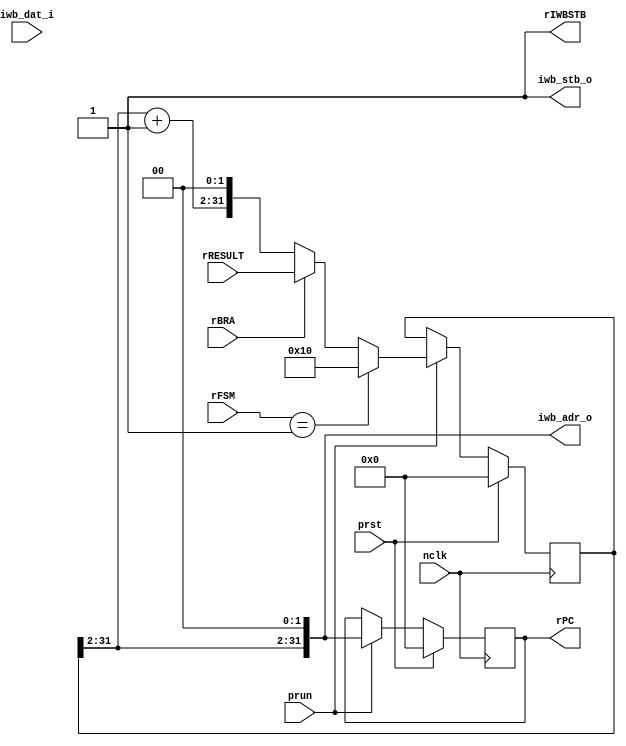
/*
 * $Id: aeMB_fetch.v,v 1.6 2007/05/30 18:44:30 sybreon Exp $
 * 
 * AEMB Instruction Fetch
 * Copyright (C) 2004-2007 Shawn Tan Ser Ngiap <shawn.tan@aeste.net>
 *  
 * This library is free software; you can redistribute it and/or
 * modify it under the terms of the GNU Lesser General Public License
 * as published by the Free Software Foundation; either version 2.1 of
 * the License, or (at your option) any later version.
 * 
 * This library is distributed in the hope that it will be useful, but
 * WITHOUT ANY WARRANTY; without even the implied warranty of
 * MERCHANTABILITY or FITNESS FOR A PARTICULAR PURPOSE. See the GNU
 * Lesser General Public License for more details.
 * 
 * You should have received a copy of the GNU Lesser General Public
 * License along with this library; if not, write to the Free Software
 * Foundation, Inc., 59 Temple Place, Suite 330, Boston, MA 02111-1307
 * USA
 *
 * DESCRIPTION
 * Controls the instruction side of AEMB. Instruction cache and branch
 * prediction can be incorporated if needed.
 *
 * HISTORY
 * $Log: aeMB_fetch.v,v $
 * Revision 1.6  2007/05/30 18:44:30  sybreon
 * Added interrupt support.
 *
 * Revision 1.5  2007/05/17 09:08:21  sybreon
 * Removed asynchronous reset signal.
 *
 * Revision 1.4  2007/04/27 00:23:55  sybreon
 * Added code documentation.
 * Improved size & speed of rtl/verilog/aeMB_aslu.v
 *
 * Revision 1.3  2007/04/11 04:30:43  sybreon
 * Added pipeline stalling from incomplete bus cycles.
 * Separated sync and async portions of code.
 *
 * Revision 1.2  2007/04/04 14:08:34  sybreon
 * Added initial interrupt/exception support.
 *
 * Revision 1.1  2007/03/09 17:52:17  sybreon
 * initial import
 *
 */

module aeMB_fetch (/*AUTOARG*/
   // Outputs
   iwb_adr_o, iwb_stb_o, rPC, rIWBSTB,
   // Inputs
   iwb_dat_i, nclk, prst, prun, rFSM, rBRA, rRESULT
   );
   parameter ISIZ = 32;

   // Instruction WB I/F
   output [ISIZ-1:0] iwb_adr_o;
   output 	     iwb_stb_o;   
   input [31:0]      iwb_dat_i;
 
   // System
   input 	     nclk, prst, prun;   
   
   // Internal
   output [31:0]     rPC;
   output 	     rIWBSTB;   
   input [1:0] 	     rFSM;   
   input 	     rBRA;
   input [31:0]      rRESULT;
      
   /**
    Instruction WISHBONE bus
    ------------------------
    Signals for the instruction side of the bus.
    */
   
   reg [31:0] 	     rIWBADR, rPC, xIWBADR, xPC;
   wire [31:0] 	     wPCNXT = {(rIWBADR[ISIZ-1:2] + 1'b1),2'b00};   
   assign 	     iwb_adr_o = {rIWBADR[ISIZ-1:2],2'b00}; // Word Aligned
   assign 	     iwb_stb_o = 1'b1;
   assign 	     rIWBSTB = 1'b1;      
   
   always @(/*AUTOSENSE*/rBRA or rFSM or rIWBADR or rRESULT or wPCNXT)
     begin	
	// PC Sources - ALU, Direct, Next
	case (rFSM)
	  2'b01: xIWBADR <= 32'h00000010; // HWINT
	  //2'b10: xIWBADR <= 32'h00000020; // HWEXC
	  //2'b11: xIWBADR <= #1 32'h00000008; // SWEXC
	  default: xIWBADR <= (rBRA) ? rRESULT : wPCNXT;
	endcase // case (rFSM)
	
	xPC <= {rIWBADR[31:2],2'd0};	
     end // always @ (...

   // PIPELINE REGISTERS //////////////////////////////////////////////////
   
   always @(negedge nclk)
     if (prst) begin
	/*AUTORESET*/
	// Beginning of autoreset for uninitialized flops
	rIWBADR <= 32'h0;
	rPC <= 32'h0;
	// End of automatics
     end else if (prun) begin
	rPC <= #1 xPC;
	rIWBADR <= #1 xIWBADR;	
     end
   
endmodule // aeMB_fetch